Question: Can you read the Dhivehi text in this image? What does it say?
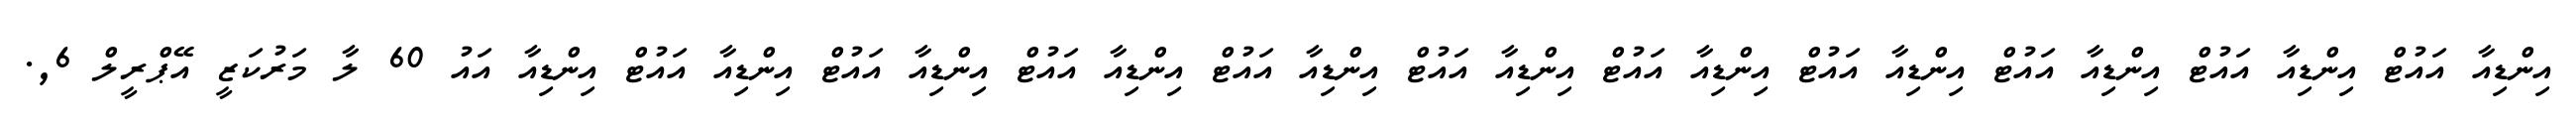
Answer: އިންޑިއާ އައުޓް އިންޑިއާ އައުޓް އިންޑިއާ އައުޓް އިންޑިއާ އައުޓް އިންޑިއާ އައުޓް އިންޑިއާ އައުޓް އިންޑިއާ އައުޓް އިންޑިއާ އައުޓް އިންޑިއާ އައުޓް އިންޑިއާ އައުޓް އިންޑިއާ އައު 60 ލާ މަރުކަޒީ އޭޕްރީލް 6,.